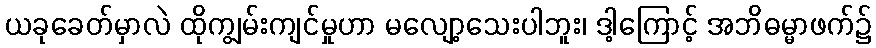
ယခုခေတ်မှာလဲ ထိုကျွမ်းကျင်မှုဟာ မလျော့သေးပါဘူး၊ ဒါ့ကြောင့် အဘိဓမ္မာဖက်၌